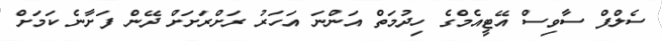
ސެލްފް ސާވިސް އޭޓީއެމްގެ ހިދުމަތް އަންނަ އަހަރު ރަށްރަށަށް ދޭން ފަށާނެ ކަމަށް